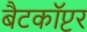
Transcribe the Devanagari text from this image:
बैटकाॅप्टर